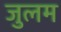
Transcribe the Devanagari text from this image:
जुलम